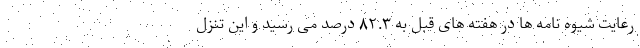
رعایت شیوه نامه ها در هفته های قبل به ۸۲.۳ درصد می رسید و این تنزل